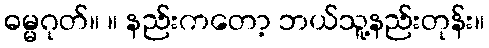
ဓမ္မဂုတ်။ ။ နည်းကတော့ ဘယ်သူ့နည်းတုန်း။